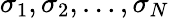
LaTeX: {\sigma}_{1},{\sigma}_{2},\ldots,{\sigma}_{N}